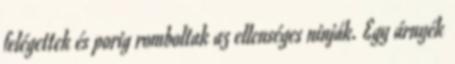
felégettek és porig romboltak az ellenséges ninják. Egy árnyék